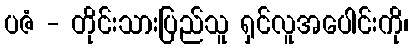
ပဇံ - တိုင်းသားပြည်သူ ရှင်လူအပေါင်းကို၊